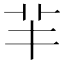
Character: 𦍋